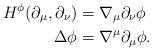
LaTeX: \begin{align*}H^\phi(\partial_\mu,\partial_\nu)&=\nabla_\mu\partial_\nu\phi\\\Delta\phi&=\nabla^\mu\partial_\mu\phi.\end{align*}